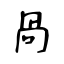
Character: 咼